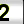
Digit: 2